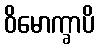
ဝိမောက္ခာပိ